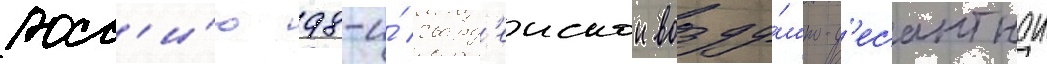
росс'и́ю 98-и́ гвард'еискои возду́шно-д'есантнои